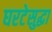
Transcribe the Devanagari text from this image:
घरटेसुद्धा